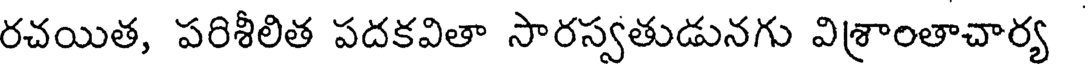
రచయిత, పరిశీలిత పదకవితా సారస్వతుడునగు విశ్రాంతాచార్య